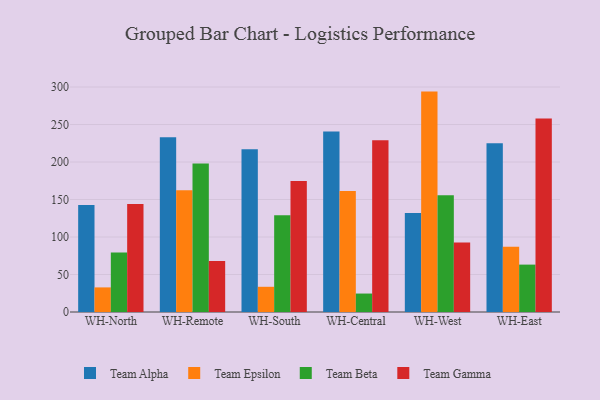
{"axis": {"x": "Warehouse", "y": "Population (Million)"}, "legend": ["Team Alpha", "Team Beta", "Team Epsilon", "Team Gamma"], "data": [{"x": "WH-North", "y": 142.8, "type": "Team Alpha"}, {"x": "WH-North", "y": 32.8, "type": "Team Epsilon"}, {"x": "WH-North", "y": 79.2, "type": "Team Beta"}, {"x": "WH-North", "y": 143.9, "type": "Team Gamma"}, {"x": "WH-Remote", "y": 232.9, "type": "Team Alpha"}, {"x": "WH-Remote", "y": 162.3, "type": "Team Epsilon"}, {"x": "WH-Remote", "y": 198.1, "type": "Team Beta"}, {"x": "WH-Remote", "y": 68.1, "type": "Team Gamma"}, {"x": "WH-South", "y": 217.0, "type": "Team Alpha"}, {"x": "WH-South", "y": 33.6, "type": "Team Epsilon"}, {"x": "WH-South", "y": 128.9, "type": "Team Beta"}, {"x": "WH-South", "y": 174.7, "type": "Team Gamma"}, {"x": "WH-Central", "y": 240.7, "type": "Team Alpha"}, {"x": "WH-Central", "y": 161.5, "type": "Team Epsilon"}, {"x": "WH-Central", "y": 24.6, "type": "Team Beta"}, {"x": "WH-Central", "y": 228.9, "type": "Team Gamma"}, {"x": "WH-West", "y": 132.0, "type": "Team Alpha"}, {"x": "WH-West", "y": 293.9, "type": "Team Epsilon"}, {"x": "WH-West", "y": 155.7, "type": "Team Beta"}, {"x": "WH-West", "y": 92.7, "type": "Team Gamma"}, {"x": "WH-East", "y": 225.0, "type": "Team Alpha"}, {"x": "WH-East", "y": 86.9, "type": "Team Epsilon"}, {"x": "WH-East", "y": 63.2, "type": "Team Beta"}, {"x": "WH-East", "y": 258.1, "type": "Team Gamma"}]}